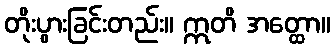
တိုးပွားခြင်းတည်း။ ဣတိ အတ္ထော။